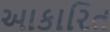
આકારિત